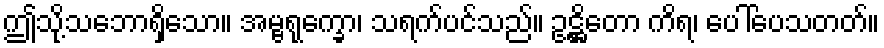
ဤသို့သဘောရှိသော။ အမ္ဗရုက္ခော၊ သရက်ပင်သည်။ ဥဋ္ဌိတော ကိရ၊ ပေါ်ပေသတတ်။